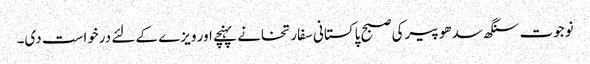
نوجوت سنگھ سدھو پیرکی صبح پاکستانی سفارتخانے پہنچے اور ویزے کے لئے درخواست دی۔